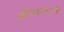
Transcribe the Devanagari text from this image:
अधिकाऱ्यानी